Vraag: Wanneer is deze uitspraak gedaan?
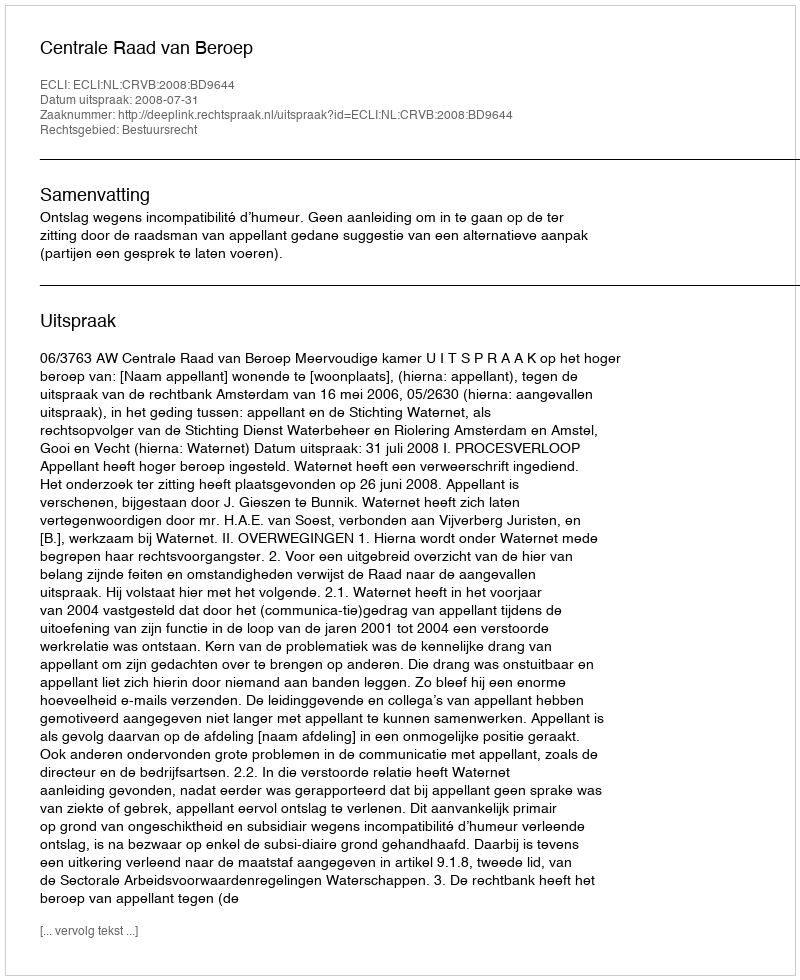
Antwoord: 2008-07-31